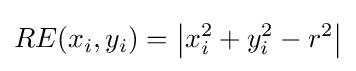
RE(x_{i},y_{i})=\left\vert x_{i}^{2}+y_{i}^{2}-r^{2}\right\vert